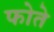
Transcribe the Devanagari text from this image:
फोते